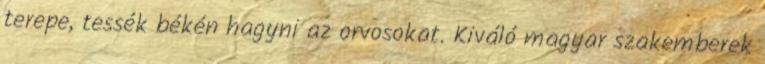
terepe, tessék békén hagyni az orvosokat. Kiváló magyar szakemberek